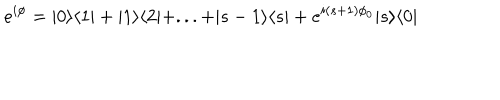
e ^ { i \phi } = | 0 \rangle \langle 1 | + | 1 \rangle \langle 2 | + . . . + | s - 1 \rangle \langle s | + e ^ { i ( s + 1 ) \phi _ { 0 } } | s \rangle \langle 0 |